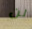
لن